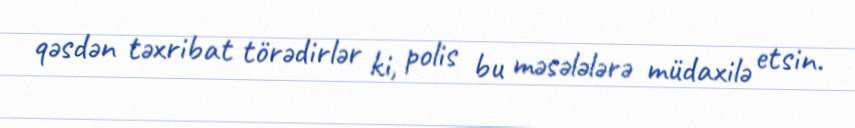
qəsdən təxribat törədirlər ki, polis bu məsələlərə müdaxilə etsin.